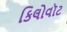
કિલોવૉટ